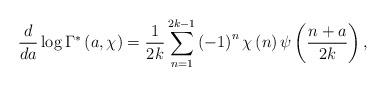
LaTeX: \begin{align*}\frac{d}{da}\log\Gamma^{\ast}\left( a,\chi\right) =\frac{1}{2k}\sum_{n=1}^{2k-1}\left( -1\right) ^{n}\chi\left( n\right) \psi\left(\frac{n+a}{2k}\right) , \end{align*}